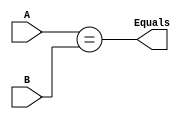
////////////////////////////////////////////////////////////////////////////////
//                                                                            //
//               Application Assignment Problem 1 Module 3 Course 2           //
//                                                                            //
////////////////////////////////////////////////////////////////////////////////
//
// 
// @file AAC2M3P4.v
// @brief Application Assignment 2-007 2-bit comparator
// @version: 1.0 
// Date of current revision:  @date 2019-06-21  
// Target FPGA: [Intel Altera MAX10] 
// Tools used: [Quartus Prime 16.1 or Sigasi] for editing and/or synthesis 
//             [Modeltech ModelSIM 10.4a Student Edition] for simulation 
//             [Quartus Prime 16.1]  for place and route if applied
//             
//  Functional Description:  This file contains the Verilog which describes the 
//             FPGA implementation of a 2-bit comparator circuit. 
//             The inputs are 2-bit vectors A and B 
//             The output is a scalar Equals that is a 1 iff A and B are equal
//
//  Hierarchy:  There is only one level in this simple design.
//        
//  Designed by:  @author [your name] 
//                [Organization]
//                [email] 
//
//      Copyright (c) 2019 by Tim Scherr
//
// Redistribution, modification or use of this software in source or binary
// forms is permitted as long as the files maintain this copyright. Users are
// permitted to modify this and use it to learn about the field of HDl code.
// Tim Scherr and the University of Colorado are not liable for any misuse
// of this material.
//////////////////////////////////////////////////////////////////////////////
// 
  	                                            		
module Comparator2(
   input[1:0] A, B,
   output reg Equals
);      		
                   	          	
// student code here


always @(*) begin
  Equals = (A == B);
end

endmodule // Comparator2